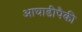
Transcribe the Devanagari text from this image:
आघाडीपैकी